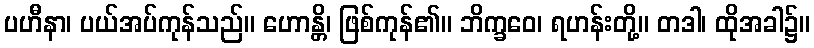
ပဟီနာ၊ ပယ်အပ်ကုန်သည်။ ဟောန္တိ၊ ဖြစ်ကုန်၏။ ဘိက္ခဝေ၊ ရဟန်းတို့။ တဒါ၊ ထိုအခါ၌။